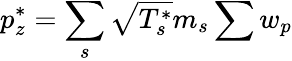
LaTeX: p_{z}^{*}=\sum_{s}\sqrt{T_{s}^{*}}m_{s}\sum w_{p}